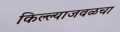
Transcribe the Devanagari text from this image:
किल्ल्याजवळचा